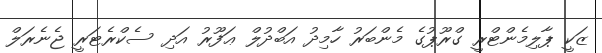
ޒަކީ ޕާލިމެންޓްރީ ގްރޫޕުގެ މެންބަރު ހާމިދު އަބްދުލް ޢަފޫރު އަދި ސެކްރެޓަރީ ޖެނެރަލް